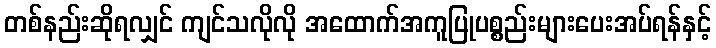
တစ်နည်းဆိုရလျှင် ကျင်သလိုလို အထောက်အကူပြုပစ္စည်းများပေးအပ်ရန်နှင့်